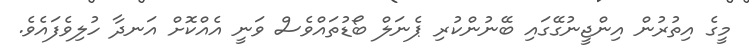
މީގެ އިތުރުން އިންޖީނުގޭގައި ބޭނުންކުރި ޕެނަލް ބޯޑުތައްވެސް ވަނީ އެއްކޮށް އަނދާ ހުލިވެފައެވެ.